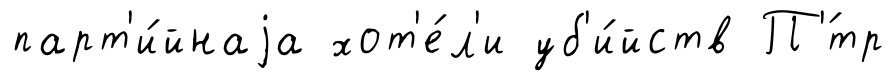
парт'и́йнаjа хот'е́л'и уб'и́йств П'́тр